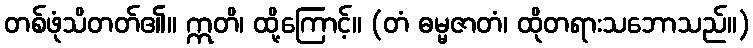
တစ်ဖုံသိတတ်၏။ ဣတိ၊ ထို့ကြောင့်။ (တံ ဓမ္မဇာတံ၊ ထိုတရားသဘောသည်။)